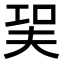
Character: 㠬